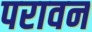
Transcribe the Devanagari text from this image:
परावन